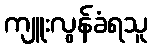
ကျူးလွန်ခံရသူ